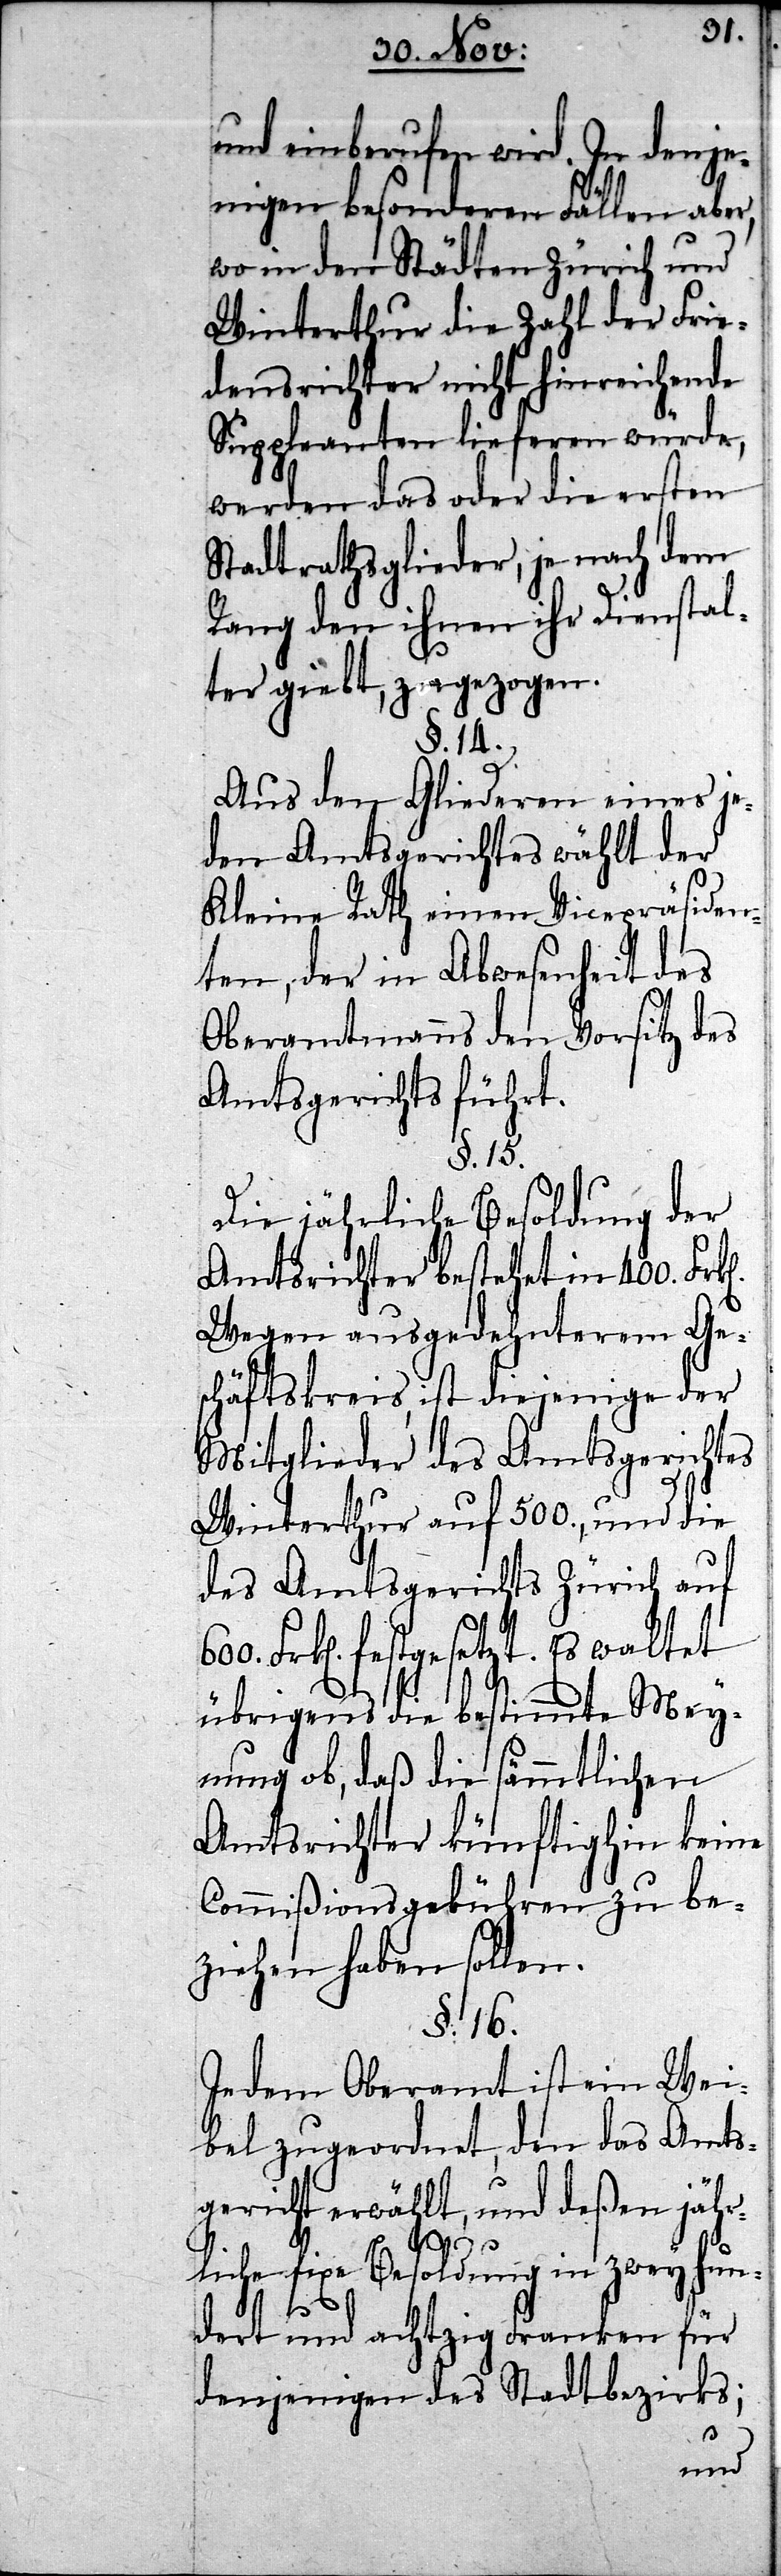
und einberufen wird.
ne
jenigen besonderen Fällen
be¬
wo in den Städten Zürich und
Winterthur die Zahl der Frie¬
densrichter nicht hinreichende
Suppleanten lieferen würde,
werden das oder die ersten
Stadtrathsglieder, je nach dem
Rang den ihnen ihr Dienstal¬
ter giebt, zugezogen.
§. 14.
Aus den Gliederen eines j¬
eden Amtsgerichtes wählt der
Kleine Rath einen Vicepräsiden¬
ten, der in Abwesenheit des
Oberamtmanns den Vorsitz des
Amtsgerichts führt.
§. 15.
Die jährliche Besoldung der
Amtsrichter bestehet in 400. Frk¬
Wegen ausgedehnterem Ges¬
chäftskreis, ist diejenige der
Mitglieder des Amtsgerichtes
Winterthur auf 500., und die
des Amtsgerichtes Zürich auf
Frken festgesetzt. Es waltet
übrigens die bestimmte Mey¬
nung ob, daß die sämmtlichen
Amtsrichter künftighin kei¬
Commißionsgebühren
ziehen haben sollen.
§. 16.
Jedem Oberamt ist ein Wei¬
bel zugeordnet, den das Amts¬
gericht erwählt, und deßen jähr¬
liche fixe Besoldung in zwey hun¬
dert und achtzig Franken für
denjenigen des Stadtbezirks;
600.